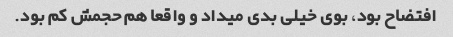
افتضاح بود، بوی خیلی بدی میداد و واقعا هم حجمش کم بود.